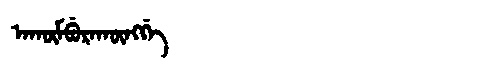
Manchu: ᠠᡴᡡᠮᠪᡠᡵᠠᡴᡡᠩᡤᡝ
Romanization: AKŪMBURAKŪNGGE